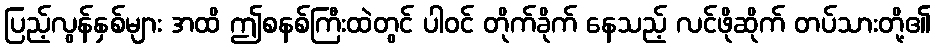
ပြည့်လွန်နှစ်များ အထိ ဤစနစ်ကြီးထဲတွင် ပါဝင် တိုက်ခိုက် နေသည့် လင်ဖိုဆိုက် တပ်သားတို့၏